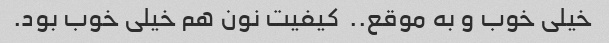
خیلی خوب و به موقع.. ‌ کیفیت نون هم خیلی خوب بود. ‌